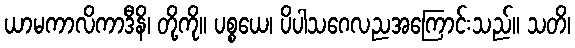
ယာမကာလိကာဒီနိ၊ တို့ကို။ ပစ္စယေ၊ ပိပါသဂေလညအကြောင်းသည်။ သတိ၊